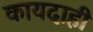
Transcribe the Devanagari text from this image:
कायदाही